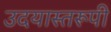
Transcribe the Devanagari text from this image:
उदयास्तरूपी